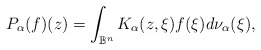
\begin{align*} P_\alpha(f)(z)=\int_{\mathbb B^n}K_\alpha(z,\xi)f(\xi)d\nu_\alpha(\xi),\end{align*}